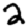
Digit: 2